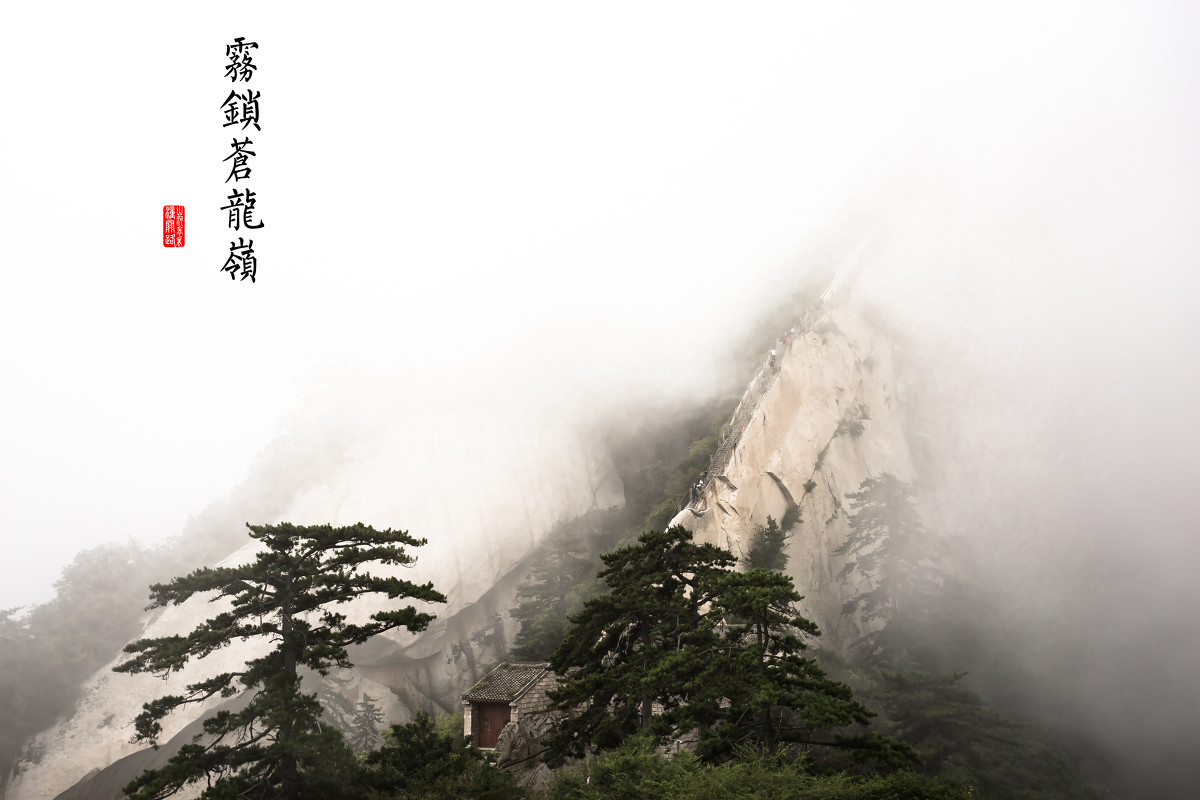
峰峦如聚，波涛如怒，山河表里潼关路。